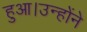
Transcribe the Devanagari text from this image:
हुआ।उन्होंने